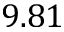
9 . 8 1